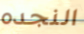
النجده